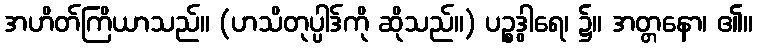
အဟိတ်ကြိယာသည်။ (ဟသိတုပ္ပါဒ်ကို ဆိုသည်။) ပဉ္စဒွါရေ၊ ၌။ အတ္တနော၊ ၏။